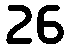
26